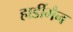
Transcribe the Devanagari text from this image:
हार्डीमैन